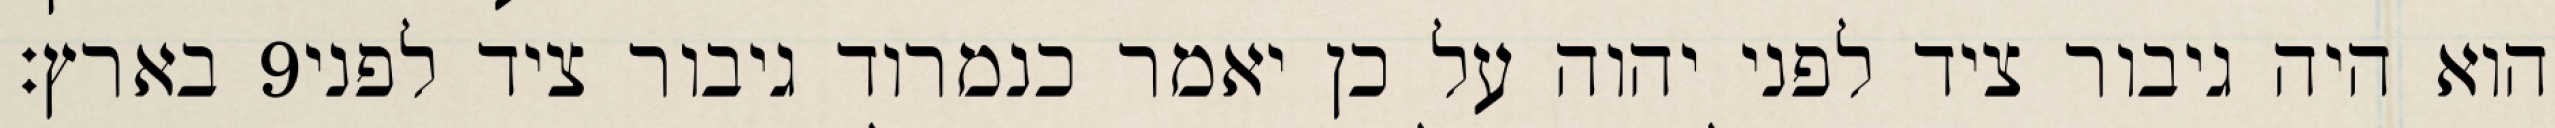
בארץ׃ ‎9‏ הוא היה גיבור ציד לפני יהוה על כן יאמר כנמרוד גיבור ציד לפני